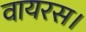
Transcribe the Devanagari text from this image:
वायरस।